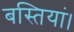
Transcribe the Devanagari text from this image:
बस्तियां।